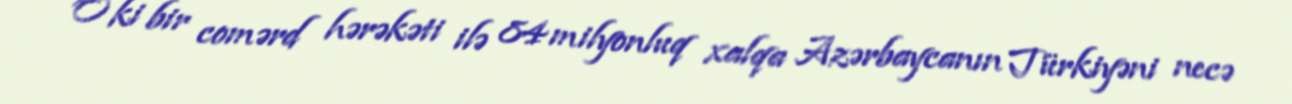
O ki bir comərd hərəkəti ilə 84 milyonluq xalqa Azərbaycanın Türkiyəni necə